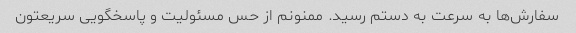
سفارش‌ها به سرعت به دستم رسید. ممنونم از حس مسئولیت و پاسخگویی سریعتون